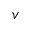
v